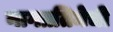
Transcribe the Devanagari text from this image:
नागप्रतिमेची